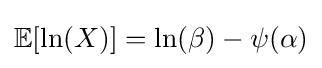
\mathbb {E} [\ln(X)]=\ln(\beta )-\psi (\alpha )